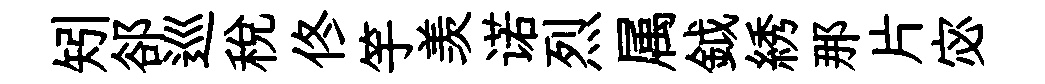
矧郤巡稅佟竽羡诺烈属鉞綉那片宓